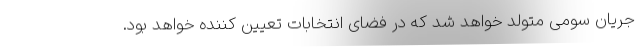
جریان سومی متولد خواهد شد که در فضای انتخابات تعیین کننده خواهد بود.